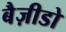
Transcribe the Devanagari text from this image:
बैज़ीडो